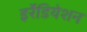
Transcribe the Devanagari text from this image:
इर्रेडियेशन